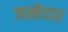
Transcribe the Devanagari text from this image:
जस्तेदार